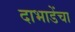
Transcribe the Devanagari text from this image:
दाभाडेंचा